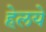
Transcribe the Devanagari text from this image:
हेलये